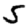
Digit: 5